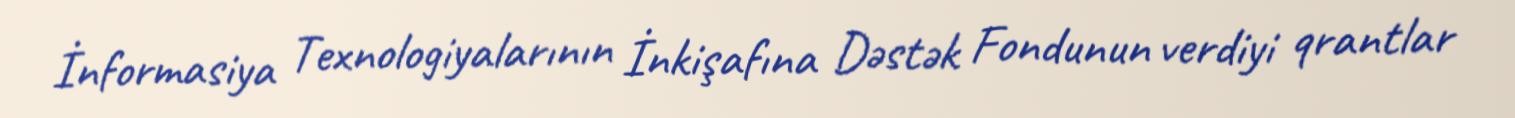
İnformasiya Texnologiyalarının İnkişafına Dəstək Fondunun verdiyi qrantlar